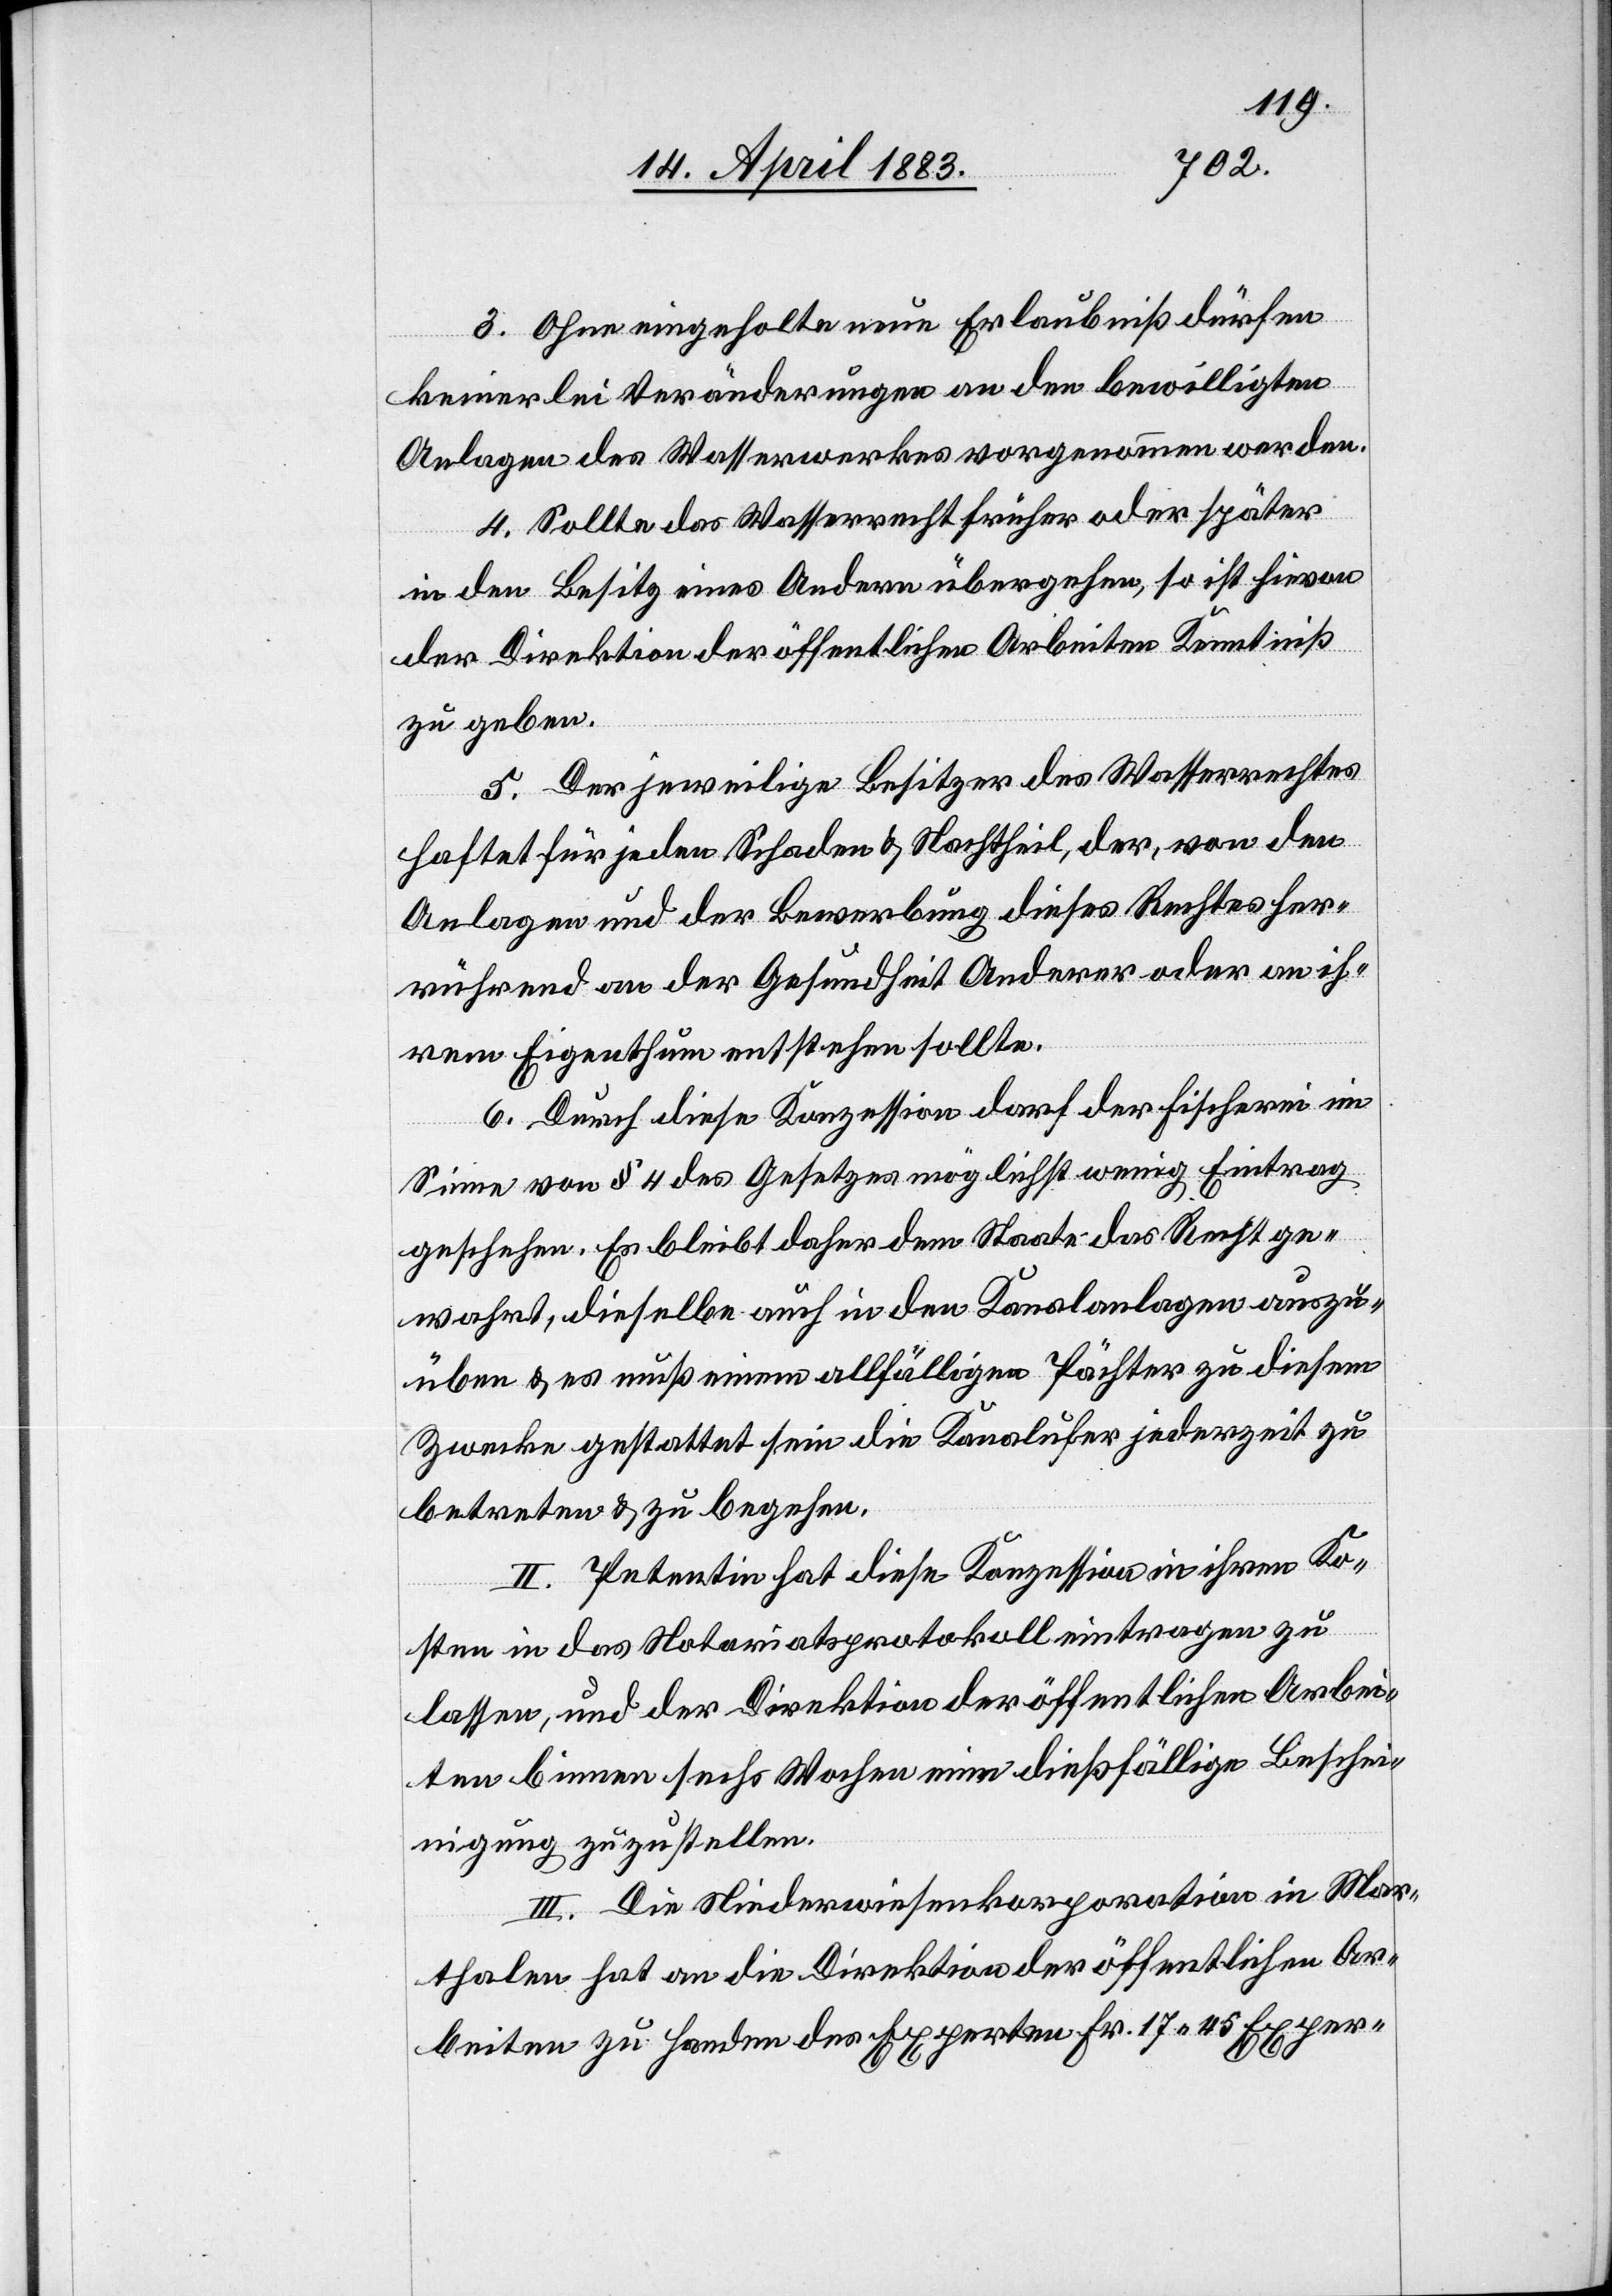
3. Ohne eingeholte neue Erlaubniß dürfen
keinerlei Veränderungen an den bewilligten
Anlagen des Wasserwerkes vorgenommen werden.
4. Sollte das Wasserrecht früher oder später
in den Besitz eines Andern übergehen, so ist hievon
der Direktion der öffentlichen Arbeiten Kenntniß
zu geben.
5. Der jeweilige Besitzer des Wasserrechtes
haftet für jeden Schaden & Nachtheil, der, von den
Anlagen und der Bewerbung dieses Rechtes her¬
rührend, an der Gesundheit Anderer oder an ih¬
rem Eigenthum entstehen sollte.
6. Durch diese Konzession darf der Fischerei im
Sinne von § 4 des Gesetzes möglichst wenig Eintrag
geschehen. Es bleibt daher dem Staate das Recht ge¬
wahrt, dieselbe auch in den Kanalanlagen auszu¬
üben & es muß einem allfälligen Pächter zu diesem
Zwecke gestattet sein die Kanalufer jederzeit zu
betreten & zu begehen.
II. Petentin hat diese Konzession in ihren Ko¬
sten in das Notariatsprotokoll eintragen zu
lassen, und der Direktion der öffentlichen Arbei¬
ten binnen sechs Wochen eine dießfällige Beschei¬
nigung zuzustellen.
III. Die Niederwiesenkorporation in Mar¬
thalen hat an die Direktion der öffentlichen Ar¬
beiten zu Handen des Experten Fr. 17 45 Exper-